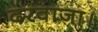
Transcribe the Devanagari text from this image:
दरवाजा।